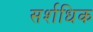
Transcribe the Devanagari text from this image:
सर्शधिक